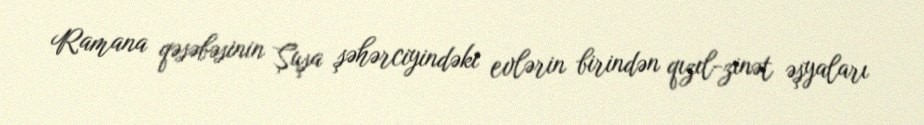
Ramana qəsəbəsinin Şuşa şəhərciyindəki evlərin birindən qızıl-zinət əşyaları